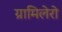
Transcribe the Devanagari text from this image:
ग्रामिलेरो